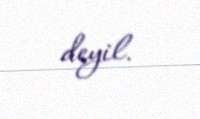
deyil.